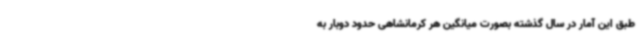
طبق این آمار در سال گذشته بصورت میانگین هر کرمانشاهی حدود دوبار به